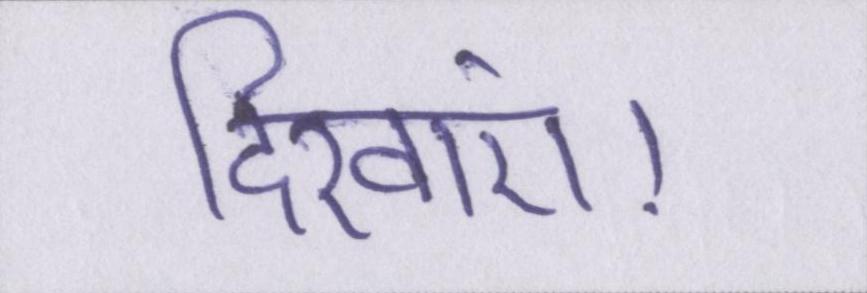
दिखाएं।